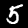
Label: 5